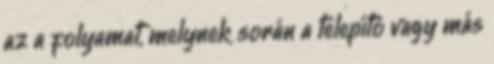
az a folyamat, melynek során a telepítõ vagy más